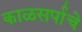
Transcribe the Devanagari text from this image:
काळसर्पाचे